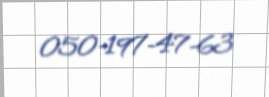
050-197-47-63